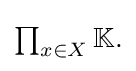
{\textstyle \prod _{x\in X}\mathbb {K} .}